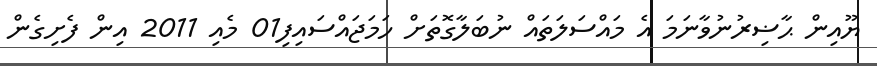
ޔޫއިން ޙާޟިރުނުވާނަމަ އެ މައްސަލަތައް ނުބަލާގޮތަށް ހަމަޖައްސައިފި01 މެއި 2011 އިން ފެށިގެން